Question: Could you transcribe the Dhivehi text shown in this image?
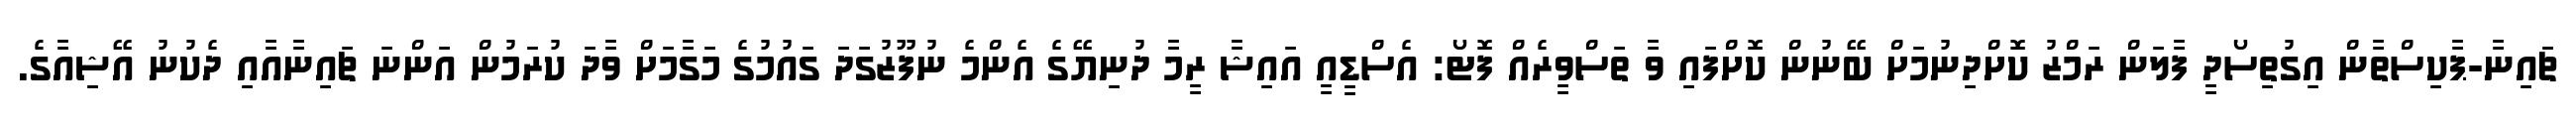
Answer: ޗައިނާ-ޕާކިސްތާން އިގުތިސޯދީ ފާލަން ރަމްޒު ކޮށްދިނުމަށް ބޭނުން ކޮށްފައި ވާ ތަސްވީރެއް ފޮޓޯ: އެސްޑީއީ އައިޝާ ރީމާ ދުނިޔޭގެ އެންމެ ނުފޫޒުގަދަ ގައުމުގެ މަގާމަށް ވާދަ ކުރަމުން އަންނަ ޗައިނާއާއި ދެކުނު އޭޝިއާގެ.